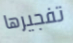
تفجيرها